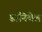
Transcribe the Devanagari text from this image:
डानियेल